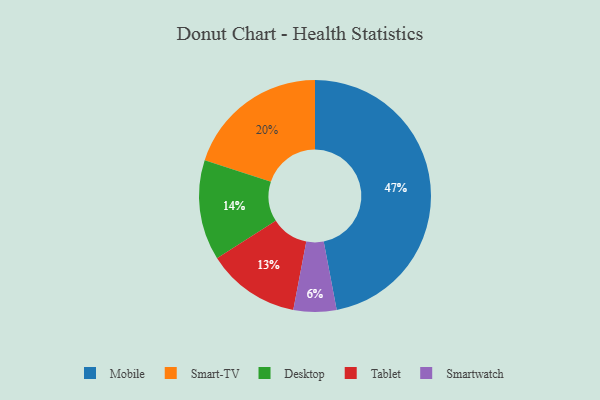
{"axis": {"x": "Category", "y": "Percentage"}, "legend": ["Desktop", "Mobile", "Smart-TV", "Smartwatch", "Tablet"], "data": [{"x": "Mobile", "y": 47, "type": "Mobile"}, {"x": "Smartwatch", "y": 6, "type": "Smartwatch"}, {"x": "Tablet", "y": 13, "type": "Tablet"}, {"x": "Smart-TV", "y": 20, "type": "Smart-TV"}, {"x": "Desktop", "y": 14, "type": "Desktop"}]}